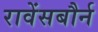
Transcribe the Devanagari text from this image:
रावेंसबौर्न